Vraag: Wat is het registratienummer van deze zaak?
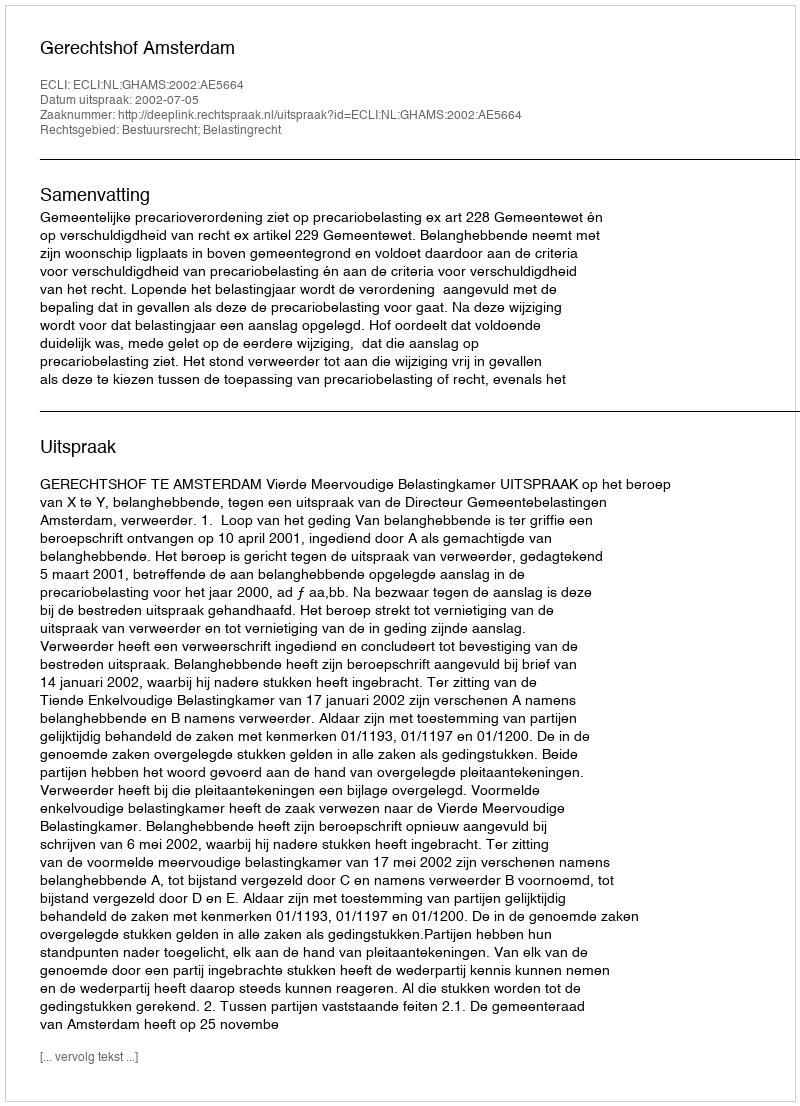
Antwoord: http://deeplink.rechtspraak.nl/uitspraak?id=ECLI:NL:GHAMS:2002:AE5664